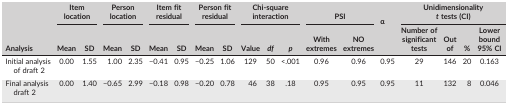
| <ROWSPAN=2> Analysis | <COLSPAN=2> Item location | <COLSPAN=2> Person location | <COLSPAN=2> Item fit residual | <COLSPAN=2> Person fit residual | <COLSPAN=3> Chi‐square interaction | <COLSPAN=2> PSI | α | <COLSPAN=4> Unidimensionality t tests (CI) |
 | Mean | SD | Mean | SD | Mean | SD | Mean | SD | Value | df | p | With extremes | NO extremes |  | Number of significant tests | Out of | % | Lower bound 95% CI |
 | --- | --- | --- | --- | --- | --- | --- | --- | --- | --- | --- | --- | --- | --- | --- | --- | --- | --- | --- |
 | Initial analysis of draft 2 | 0.00 | 1.55 | 1.00 | 2.35 | −0.41 | 0.95 | −0.25 | 1.06 | 129 | 50 | <.001 | 0.96 | 0.96 | 0.95 | 29 | 146 | 20 | 0.163 |
 | Final analysis draft 2 | 0.00 | 1.40 | −0.65 | 2.99 | −0.18 | 0.98 | −0.20 | 0.78 | 46 | 38 | .18 | 0.95 | 0.95 | 0.95 | 11 | 132 | 8 | 0.046 |